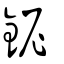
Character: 鈮